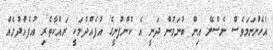
އެހެންނަމަވެސް ނެސްލޭ އިން ބުނަމުން ދަނީ އެ ކުންފުނީގެ އުފެއްދުމަކީ ރައްކާތެރި އުފެއްދުމެއް